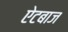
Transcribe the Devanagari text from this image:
ऐटबाज